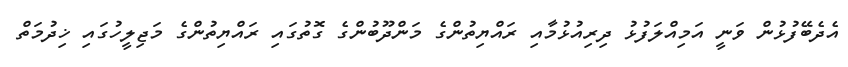
އެދެބޭފުޅުން ވަނީ އަމިއްލަފުޅު ދިރިއުޅުމާއި ރައްޔިތުންގެ މަންދޫބުންގެ ގޮތުގައި ރައްޔިތުންގެ މަޖިލީހުގައި ޚިދުމަތް